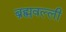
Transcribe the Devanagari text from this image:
ब्रह्मवल्ली